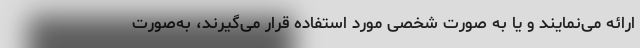
ارائه می‌نمایند و یا به ‌صورت شخصی مورد استفاده قرار می‌گیرند، به‌صورت